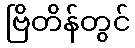
ဗြိတိန်တွင်